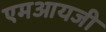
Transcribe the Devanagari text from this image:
एमआयजी